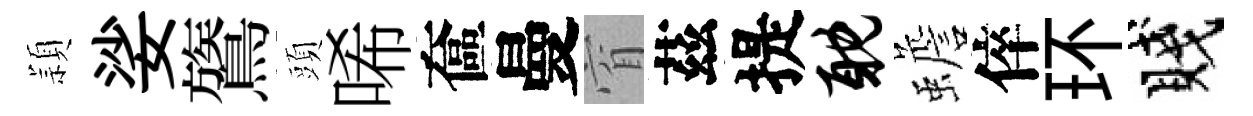
頴娑鷟頭唏奩曼窅茲提耽蟾倅环賤